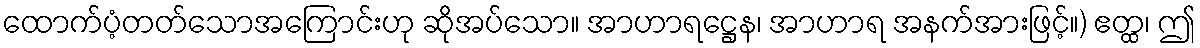
ထောက်ပံ့တတ်သောအကြောင်းဟု ဆိုအပ်သော။ အာဟာရဋ္ဌေန၊ အာဟာရ အနက်အားဖြင့်။) ဧတ္ထ၊ ဤ